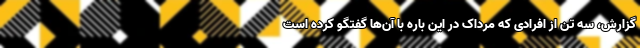
گزارش، سه تن از افرادی که مرداک در این باره با آن‌ها گفتگو کرده است